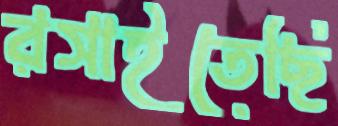
রসাইতেছি